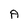
Character: A